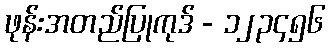
ဖုန်းအတည်ပြုကုဒ် - ၁၂၃၄၅၆